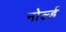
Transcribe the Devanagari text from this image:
नोर्ल्ड